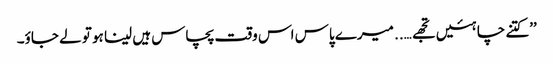
’’کتنے چاہئیں تجھے….. میرے پاس اس وقت پچاس ہیں لینا ہو تو لے جاؤ۔